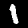
Label: 1